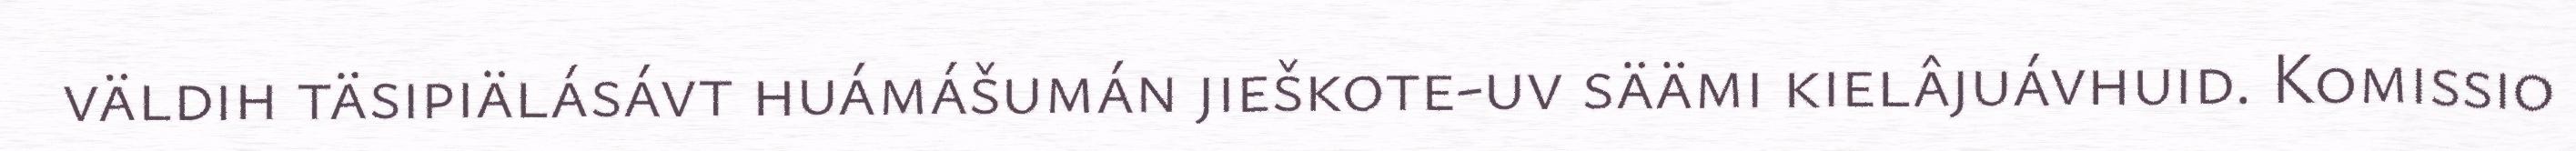
väldih täsipiälásávt huámášumán jieškote-uv säämi kielâjuávhuid. Komissio